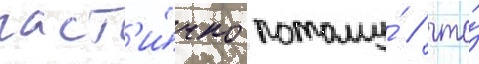
част'и́чно потому́ / что́